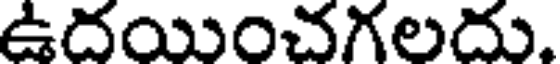
ఉదయించగలదు.